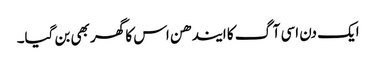
ایک دن اسی آگ کا ایندھن اس کا گھر بھی بن گیا۔